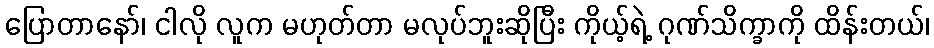
ပြောတာနော်၊ ငါလို လူက မဟုတ်တာ မလုပ်ဘူးဆိုပြီး ကိုယ့်ရဲ့ ဂုဏ်သိက္ခာကို ထိန်းတယ်၊